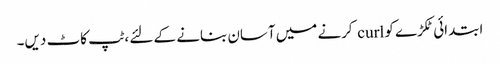
ابتدائی ٹکڑے کو curl کرنے میں آسان بنانے کے لئے ، ٹپ کاٹ دیں۔